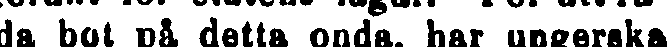
da bot på detta onda, har ungerska